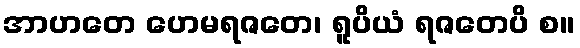
အာဟတေ ဟေမရဇတေ၊ ရူပိယံ ရဇတေပိ စ။